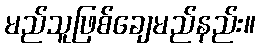
မည်သူဖြစ်ချေမည်နည်း။